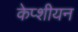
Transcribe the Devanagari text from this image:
केप्शीयन